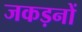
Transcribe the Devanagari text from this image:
जकड़नों